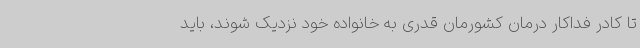
تا کادر فداکار درمان کشورمان قدری به خانواده خود نزدیک شوند، باید